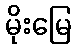
မိုးမြေ